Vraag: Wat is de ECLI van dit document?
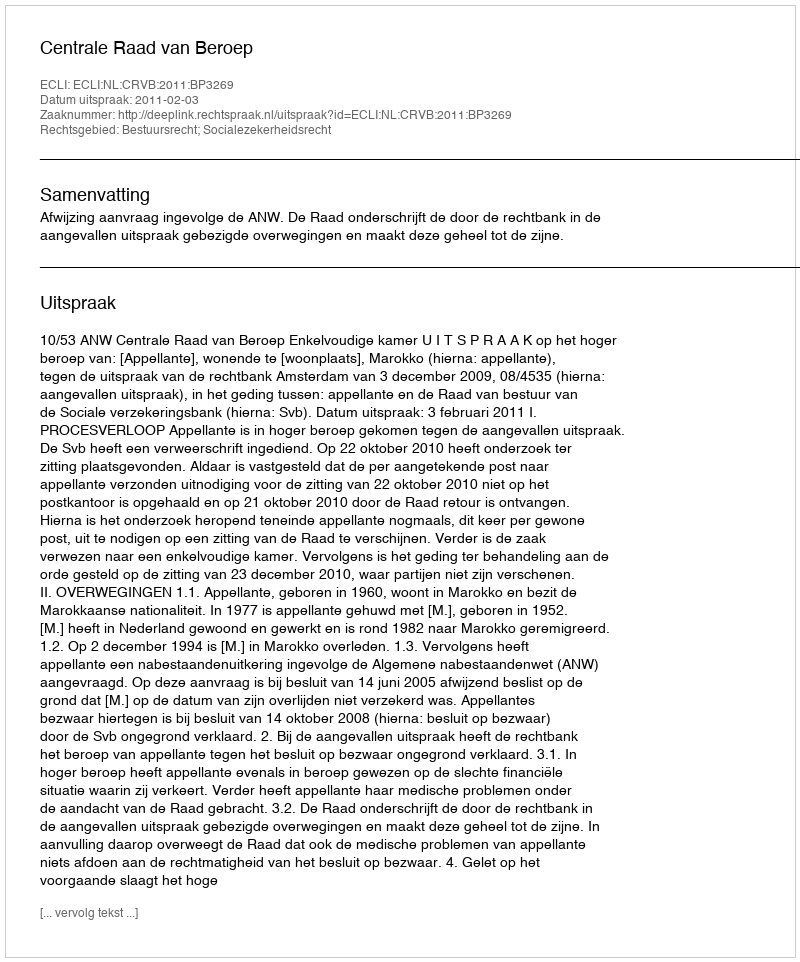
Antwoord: ECLI:NL:CRVB:2011:BP3269